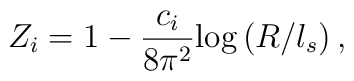
Z_i = 1 - \frac{c_i}{8 \pi^2} \mbox{log} \left(R/l_s\right) ,